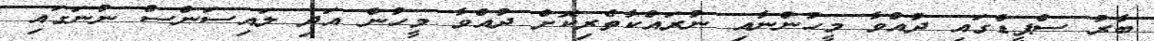
ބާރު ސްޕީޑްގައި ދުއްވާ މީހުންނާއި ނުރައްކާތެރިކޮށް ދުއްވާ މީހުން އަދި ލައިސަންސް ނުނަގައި